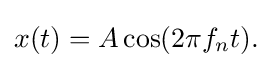
x(t)=A\cos(2\pi f_{n}t).\!